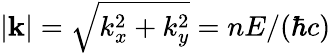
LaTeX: |\mathbf{k}|=\sqrt{k_{x}^{2}+k_{y}^{2}}=nE/(\hbar c)